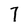
Character: 7